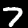
Label: 7